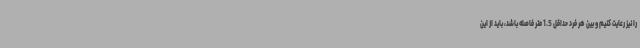
را نیز رعایت کنیم و بین هر فرد حداقل 1.5 متر فاصله باشد، باید از این